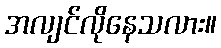
အလျင်လိုနေသလား။